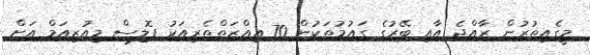
މީގެއިތުރުން ރާއްޖެ އާއި ބޭރުގެ ގައުމުތަކުން 70 އިއްޒަތްތެރިއަކު ޕޮލިސް މިއުޒިއަމް އަށް